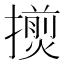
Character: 𢶨